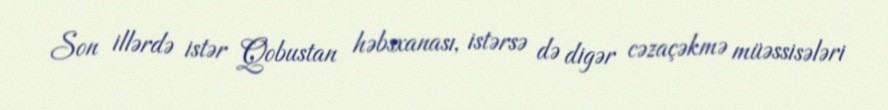
Son illərdə istər Qobustan həbsxanası, istərsə də digər cəzaçəkmə müəssisələri